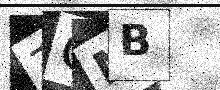
Text: ZOMB